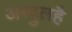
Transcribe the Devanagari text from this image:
अब्दुलहै